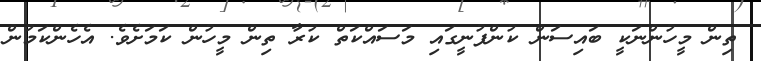
ތިން މީހުންނަކީ ބައިސަން ކުންފުނީގައި މަސައްކަތް ކުރާ ތިން މީހުން ކަމަށެވެ. އެހެންކަމުން